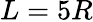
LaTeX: L=5R